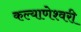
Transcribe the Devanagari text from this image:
कल्‍याणेश्‍वरी